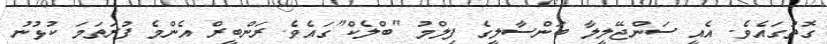
ގޮތުގައެވެ. އެއީ ސަންޖޭލީލާ ބަންސާލީގެ ފިލްމު "ބްލެކް"ގައެވެ. ރަންބީރް އެންމެ ފުރަތަމަ ކުޅުނު